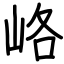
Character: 峈